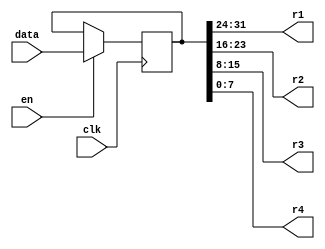
module dig (
    input clk,
    input [32:0] data,
    input en,
    output  [7:0] r1,
    output  [7:0] r2,
    output  [7:0] r3,
    output  [7:0] r4
);
    reg [32:0] mydig =0;
    always @(posedge clk) begin
        if(en) mydig <= data;
        else mydig <= mydig;
    end
    assign r4 = mydig[7:0];
    assign r3 = mydig[15:8];
    assign r2 = mydig[23:16];
    assign r1 = mydig[31:24];
endmodule